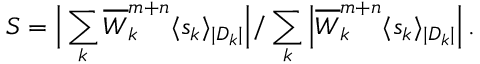
S = \Big | \sum _ { k } \overline { { W } } _ { k } ^ { m + n } \langle s _ { k } \rangle _ { | D _ { k } | } \Big | / \sum _ { k } \Big | \overline { { W } } _ { k } ^ { m + n } \langle s _ { k } \rangle _ { | D _ { k } | } \Big | \, .